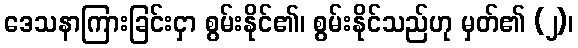
ဒေသနာကြားခြင်းငှာ စွမ်းနိုင်၏၊ စွမ်းနိုင်သည်ဟု မှတ်၏ (၂)၊